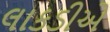
લાકડીએ